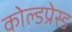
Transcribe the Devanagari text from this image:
कोल्डप्रेस्ड